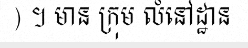
) ។ មាន ក្រុម លំនៅដ្ឋាន